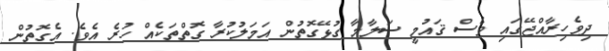
ދިވެހިރާއްޖޭގައި ވެސް ޤައުމީ ސަލާމާ ގުޅޭގޮތުން އަމަލުކުރާ ގޮތްތަކެއް ހުރެ އެވެ. އެގޮތުން